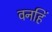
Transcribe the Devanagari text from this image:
वनहिं